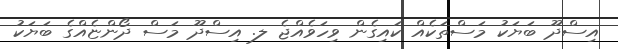
އިސްދޫ ބަޔަކު މަސްތަކެއް ކައިގެން ވިހަވެއްޖެ ލ. އިސްދޫ މަސް ދޯންޏެއްގެ ބަޔަކު